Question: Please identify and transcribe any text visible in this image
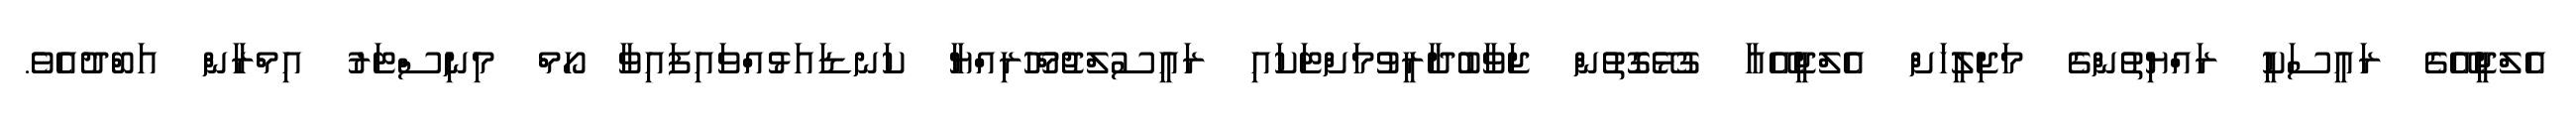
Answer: އެލްޖީއޭގެ ރައީސަކީ ރައްޔިތުންގެ މަޖިލީހަށް އެލްޖީއޭއާ ގުޅޭގޮތުން ޖަވާބުދާރީވުމަށްޓަކައި ރައީސުލްޖުމްހޫރިއްޔާ ކަނޑައަޅުއްވައިފައިވާ ހޯމް މިނިސްޓަރު އިމްރާން އަބްދުއެވެ.